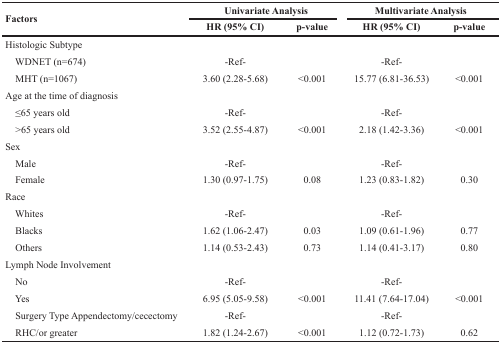
<table><thead><tr><td rowspan="2"><b>Factors</b></td><td colspan="2"><b>Univariate Analysis</b></td><td colspan="2"><b>Multivariate Analysis</b></td></tr><tr><td><b>HR (95% CI)</b></td><td><b>p-value</b></td><td><b>HR (95% CI)</b></td><td><b>p-value</b></td></tr></thead><tbody><tr><td>Histologic Subtype</td><td></td><td></td><td></td><td></td></tr><tr><td> WDNET (n=674)</td><td>-Ref-</td><td></td><td>-Ref-</td><td></td></tr><tr><td> MHT (n=1067)</td><td>3.60 (2.28-5.68)</td><td>&lt;0.001</td><td>15.77 (6.81-36.53)</td><td>&lt;0.001</td></tr><tr><td>Age at the time of diagnosis</td><td></td><td></td><td></td><td></td></tr><tr><td> ≤65 years old</td><td>-Ref-</td><td></td><td>-Ref-</td><td></td></tr><tr><td> &gt;65 years old</td><td>3.52 (2.55-4.87)</td><td>&lt;0.001</td><td>2.18 (1.42-3.36)</td><td>&lt;0.001</td></tr><tr><td>Sex</td><td></td><td></td><td></td><td></td></tr><tr><td> Male</td><td>-Ref-</td><td></td><td>-Ref-</td><td></td></tr><tr><td> Female</td><td>1.30 (0.97-1.75)</td><td>0.08</td><td>1.23 (0.83-1.82)</td><td>0.30</td></tr><tr><td>Race</td><td></td><td></td><td></td><td></td></tr><tr><td> Whites</td><td>-Ref-</td><td></td><td>-Ref-</td><td></td></tr><tr><td> Blacks</td><td>1.62 (1.06-2.47)</td><td>0.03</td><td>1.09 (0.61-1.96)</td><td>0.77</td></tr><tr><td> Others</td><td>1.14 (0.53-2.43)</td><td>0.73</td><td>1.14 (0.41-3.17)</td><td>0.80</td></tr><tr><td>Lymph Node Involvement</td><td></td><td></td><td></td><td></td></tr><tr><td> No</td><td>-Ref-</td><td></td><td>-Ref-</td><td></td></tr><tr><td> Yes</td><td>6.95 (5.05-9.58)</td><td>&lt;0.001</td><td>11.41 (7.64-17.04)</td><td>&lt;0.001</td></tr><tr><td> Surgery TypeAppendectomy/cecectomy</td><td>-Ref-</td><td></td><td>-Ref-</td><td></td></tr><tr><td> RHC/or greater</td><td>1.82 (1.24-2.67)</td><td>&lt;0.001</td><td>1.12 (0.72-1.73)</td><td>0.62</td></tr></tbody></table>